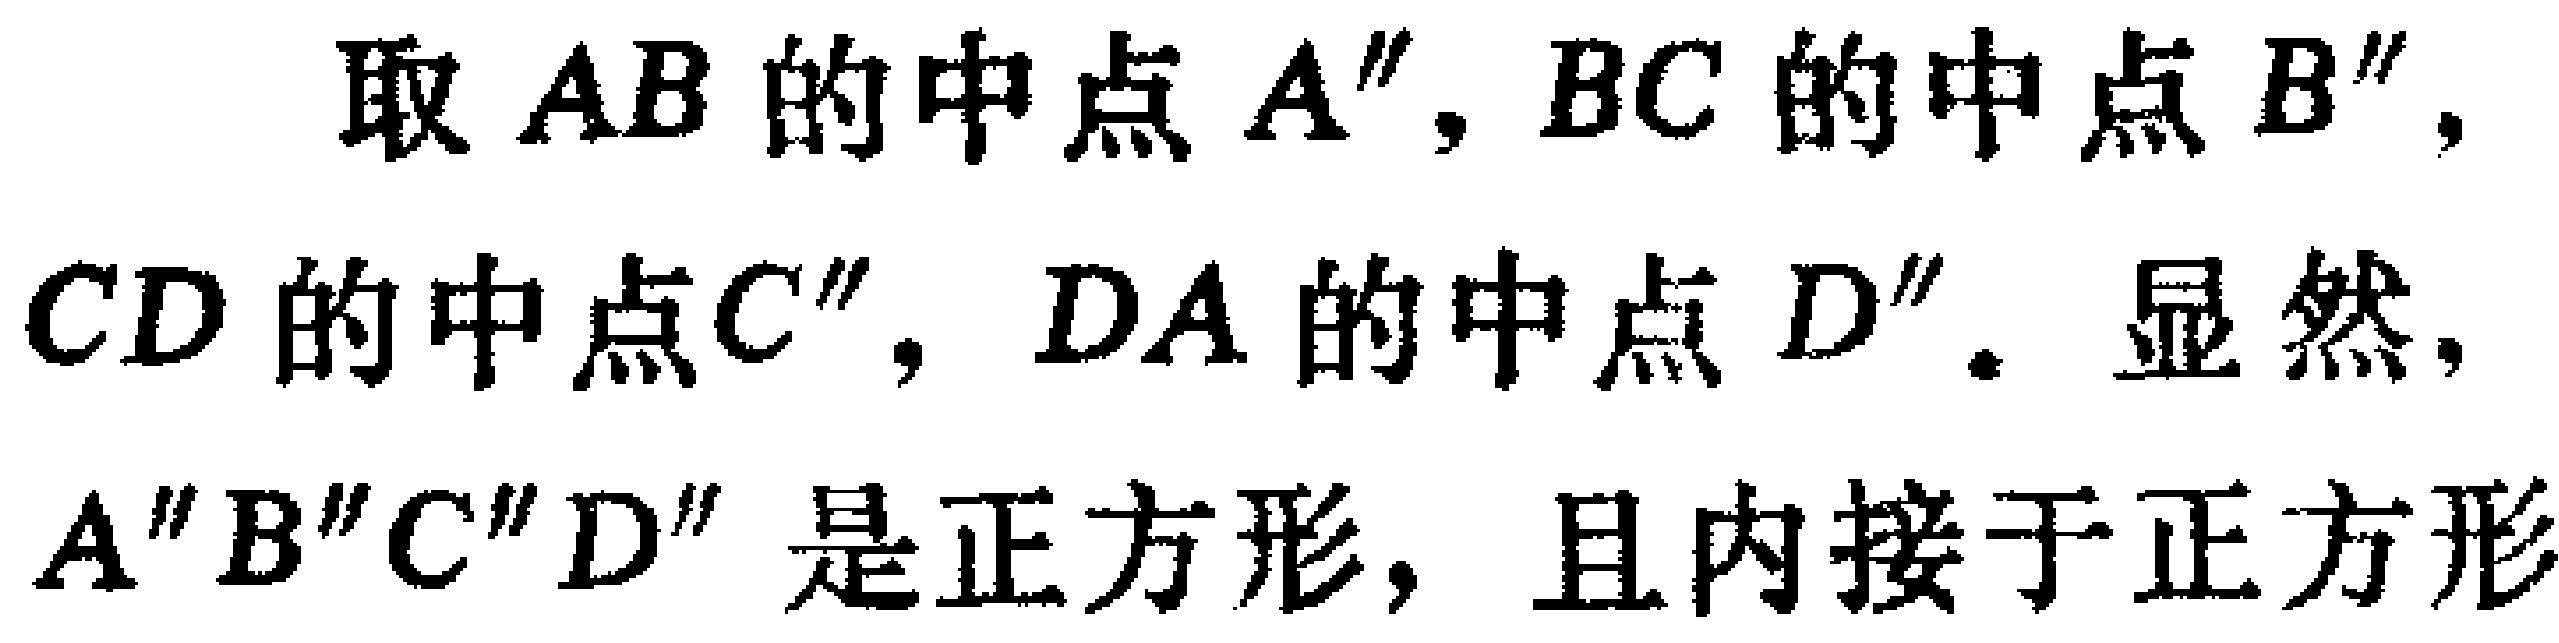
取 \(AB\) 的中点 \(A''\)，\(BC\) 的中点 \(B''\)，\(CD\) 的中点 \(C''\)， \(DA\) 的中点 \(D''\)。显然，\(A''B''C''D''\) 是正方形，且内接于正方形